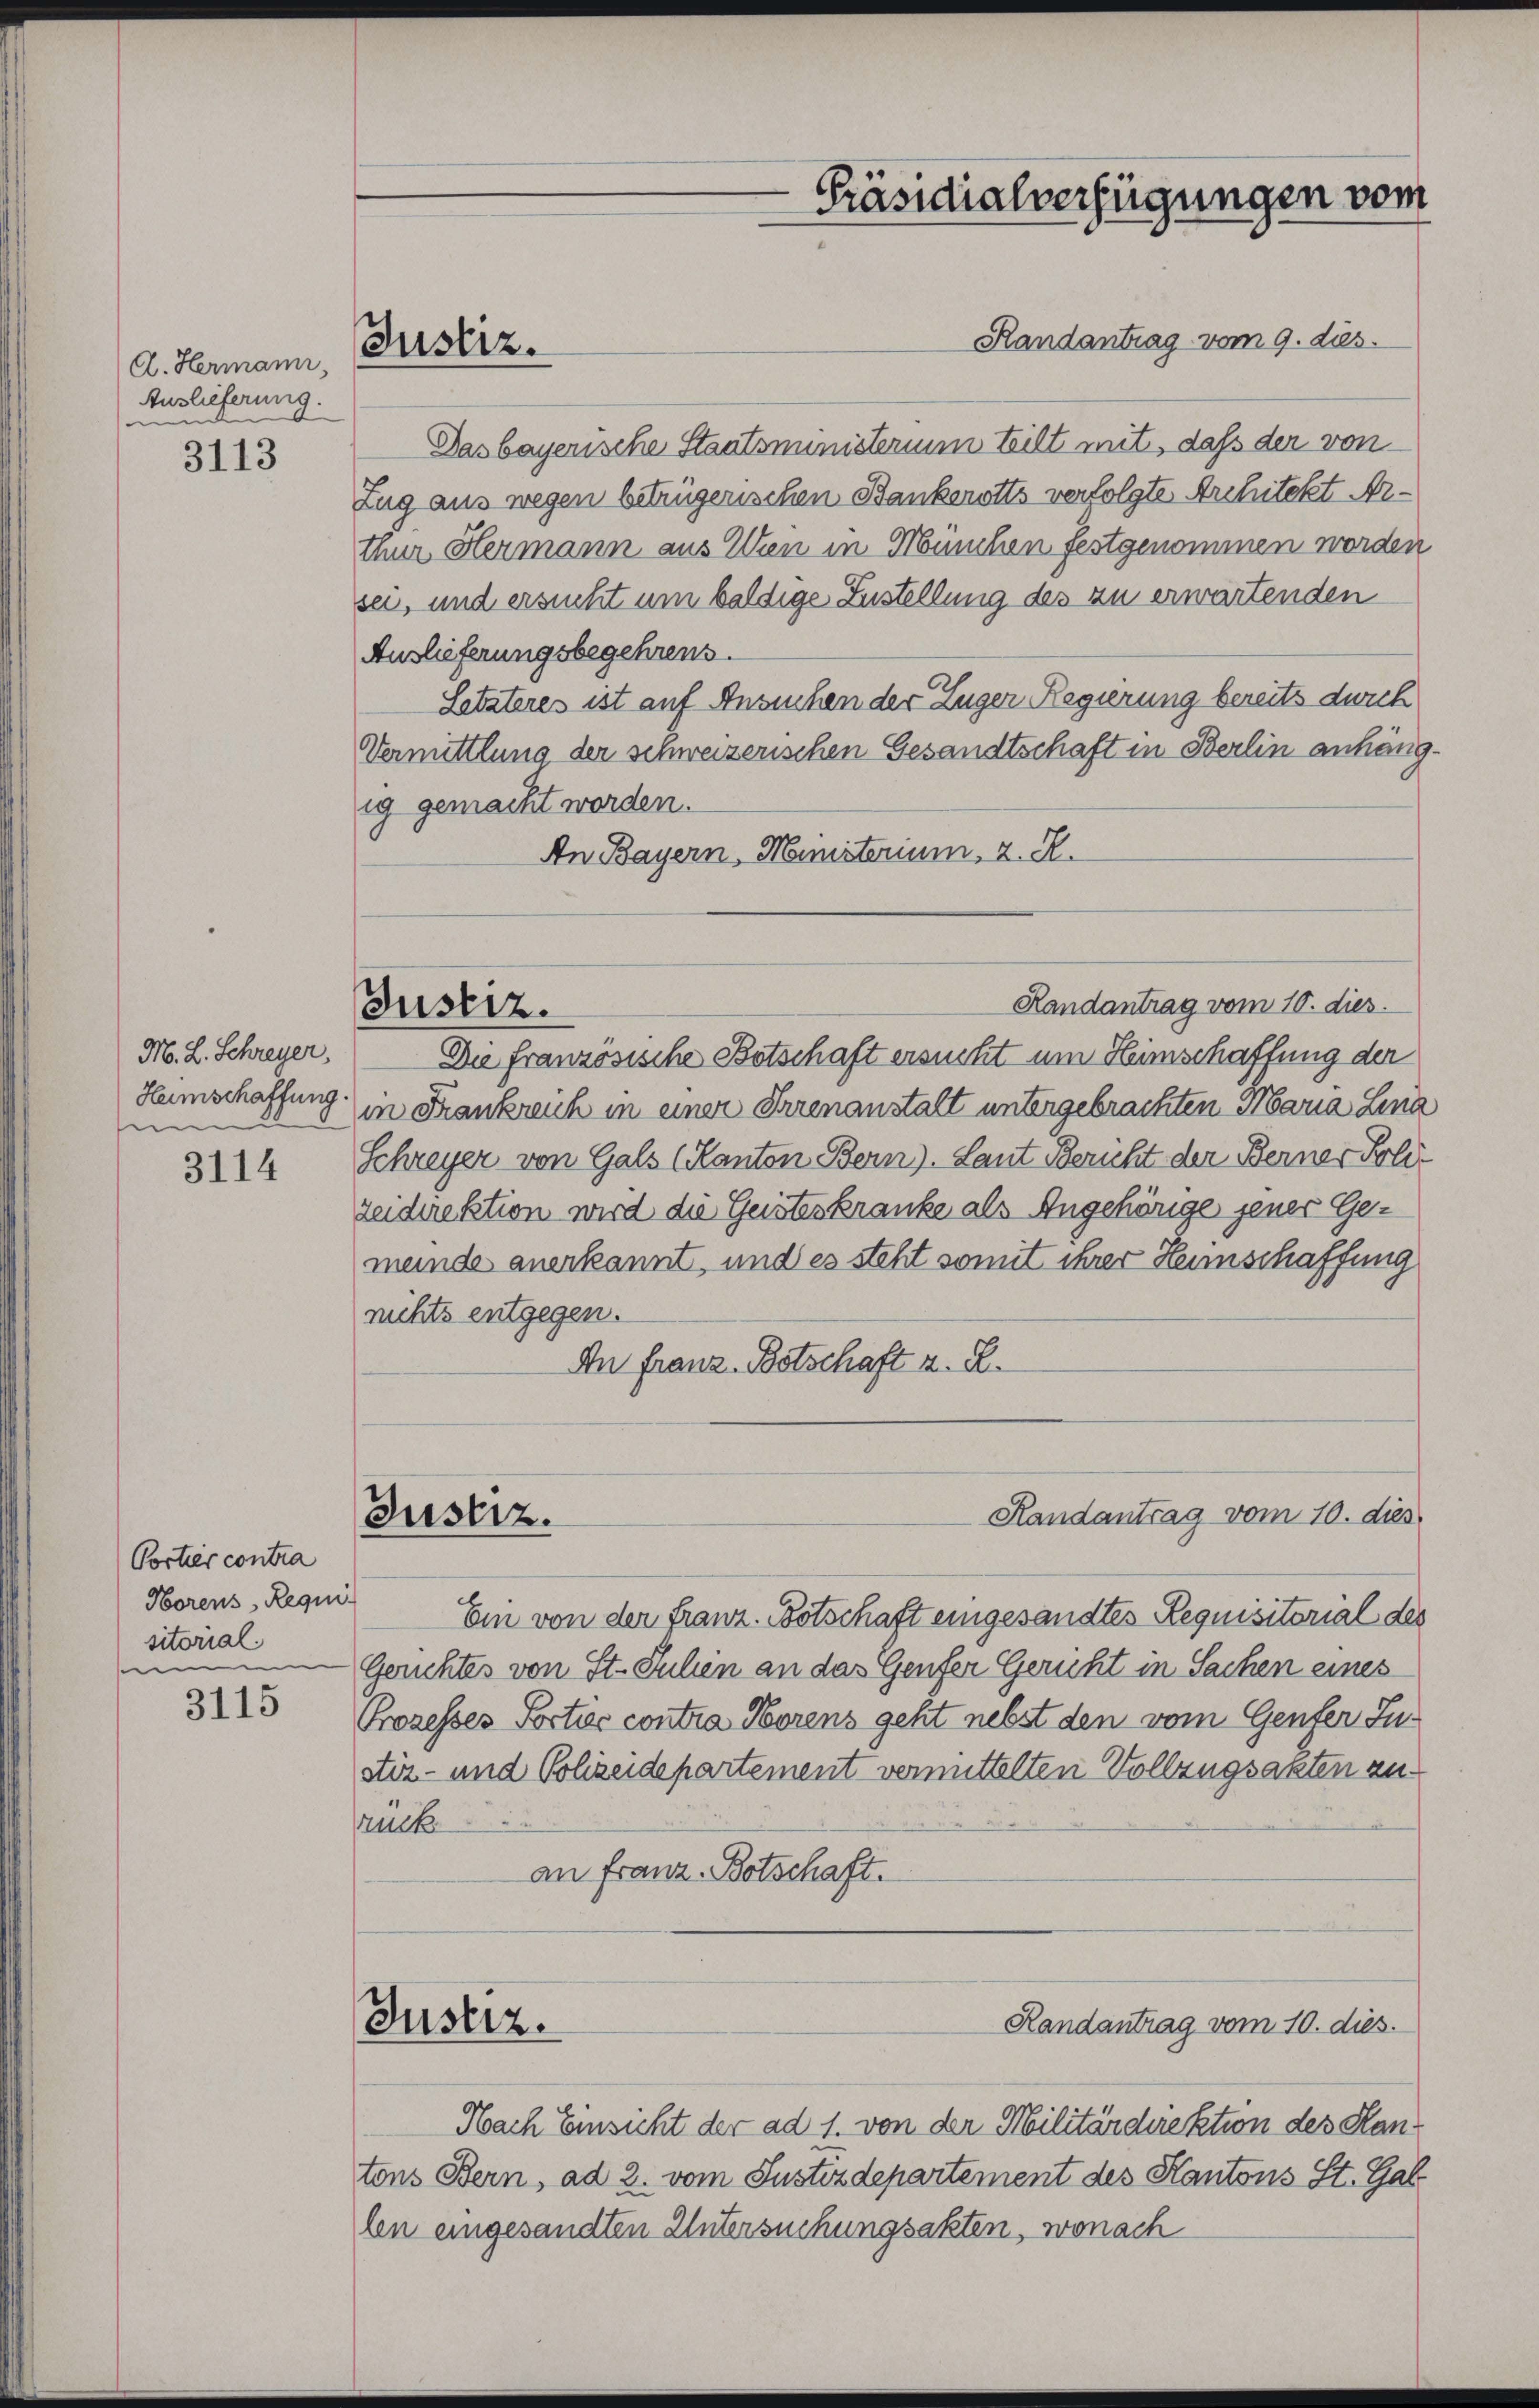
A. Hermann,
Auslieferung.
nun

3113

M. L. Schreyer,
e

3114

Portier contra
Horens, Requi
sitorial
see

3115

Justiz.

Randantrag vom 9. dies
Dasbayerische Staatsministerium teilt mit, dass der von
Zug aus wegen betrügerischen Bankerotts verfolgte Architekt Arthur Hermann aus Wien in München festgenommen worden
sei, und ersucht um baldige Zustellung des zu erwartenden
Auslieferungsbegehrens.
Setzteres ist auf Ansuchen der Zuger Regierung bereits durch
Vermittlung der schweizerischen Gesandtschaft in Berlin anhängig gemacht worden.
An Bayern, Ministerium, 2. K.

Justiz.

Justiz.

Justiz.

-Präsidialverfügungen vom

Die französische Botschaft ersucht um Heimschaffung der
Heimschaffung in Frankreich in einer Irrenanstalt untergebrachten Maria Lina
Schreyer von Gals (Kanton Bern). Laut Bericht der Berner Folle
zeidirektion wird die Geisteskranke als Angehörige jener Gemende anerkannt, und es steht somit ihrer Heimschaffung
nichts entgegen.
An Franz-Botschaft a. E.

Ein von der Franz. Botschaft eingesandtes Requisitorial des
Gerichtes von St. Julien an das Genfer Gericht in Sachen eines
Prozesses Portis contra Horens geht nebst den vom Genfer Justiz- und Schreidepartement vermittelten Vollzugsakten zu
srück
an Franz. Botschaft.

Nach Einsicht der ad 1. von der Militärdirektion des Hantons Bern, ad 2. vom Justizdepartement des Kantons St. Gal
len eingesandten Untersuchungsakten, wonach

Randantrag vom 10. dies

Randantrag vom 10. dies

Randantrag vom 10. dies.